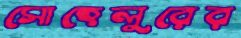
সোহেলুরের